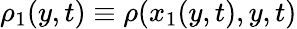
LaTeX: \rho_{1}(y,t)\equiv\rho(x_{1}(y,t),y,t)